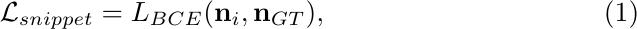
\begin{equation}\label{loss_snippet}
    \mathcal{L}_{snippet} = L_{BCE}(\mathbf{n}_i, \mathbf{n}_{GT}),
\end{equation}